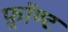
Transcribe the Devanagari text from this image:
फ़्रॉण्ट